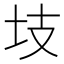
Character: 𭍾